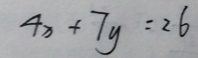
4 x + 7 y = 2 6